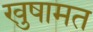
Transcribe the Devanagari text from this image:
खुषामत